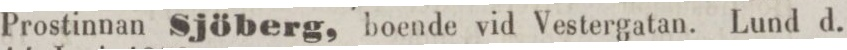
Prostinnan Sjöberg, boende vid Vestergatan. Lund d.